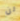
لن